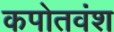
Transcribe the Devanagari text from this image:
कपोतवंश